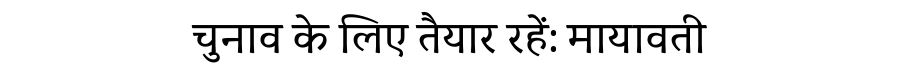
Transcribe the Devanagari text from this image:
चुनाव के लिए तैयार रहें: मायावती